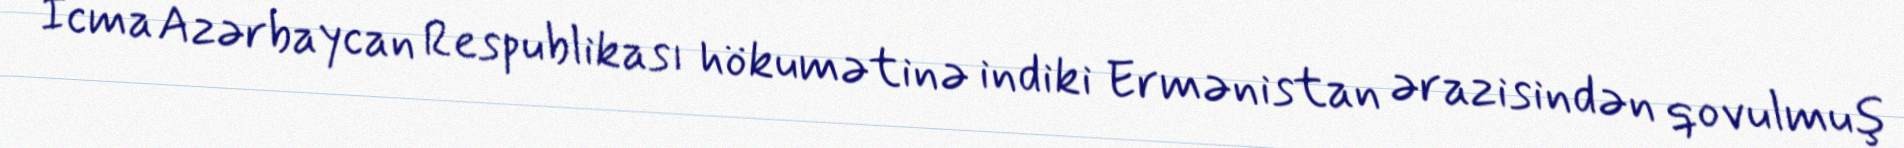
İcma Azərbaycan Respublikası hökumətinə indiki Ermənistan ərazisindən qovulmuş